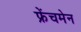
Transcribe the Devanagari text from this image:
फ्रेंचमेन